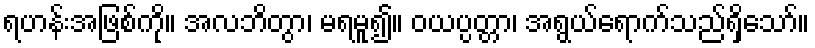
ရဟန်းအဖြစ်ကို။ အလဘိတွာ၊ မရမူ၍။ ဝယပ္ပတ္တာ၊ အရွယ်ရောက်သည်ရှိသော်။